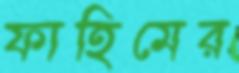
ফাহিমের